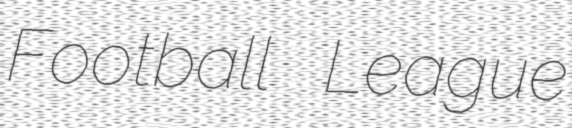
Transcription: Football League